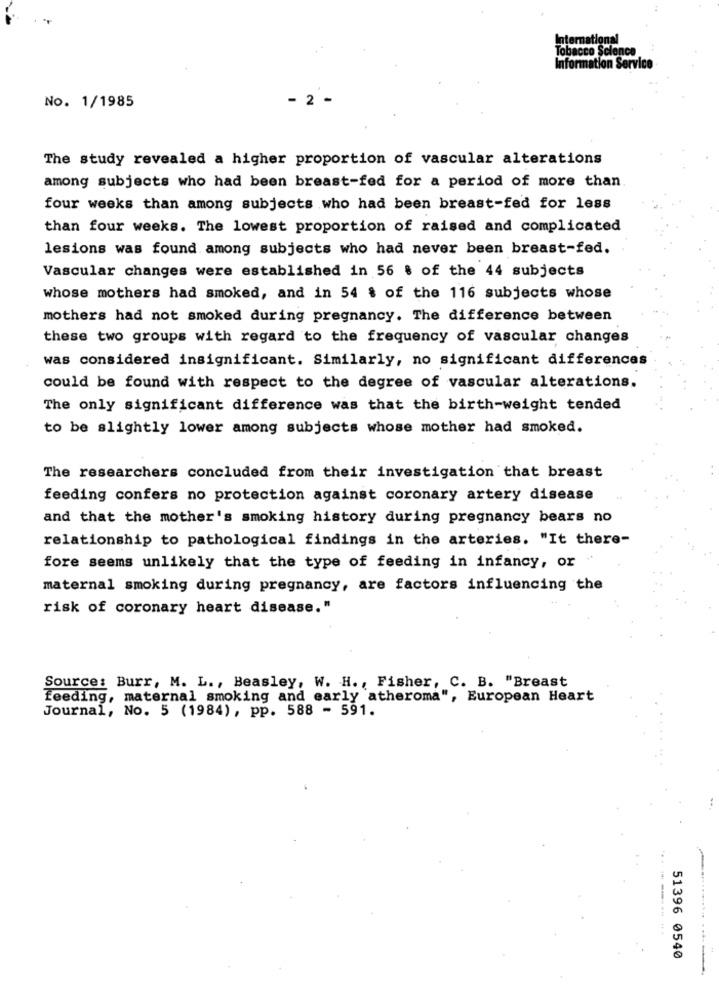
International
Tobacco Science
Information Service
No. 1/1985
2
The study revealed a higher proportion of vascular alterations
among subjects who had been breast-fed for a period of more than
four weeks than among subjects who had been breast-fed for less
than four weeks. The lowest proportion of raised and complicated
lesions was found among subjects who had never been breast-fed.
Vascular changes were established in 56 $ of the 44 subjects
whose mothers had smoked, and in 54 & of the 116 subjects whose
mothers had not smoked during pregnancy. The difference between
these two groups with regard to the frequency of vascular changes
was considered insignificant. Similarly, no significant differences
could be found with respect to the degree of vascular alterations.
The only significant difference was that the birth-weight tended
to be slightly lower among subjects whose mother had smoked.
The researchers concluded from their investigation that breast
feeding confers no protection against coronary artery disease
and that the mother's smoking history during pregnancy bears no
relationship to pathological findings in the arteries. "It there-
fore seems unlikely that the type of feeding in infancy, or
maternal smoking during pregnancy, are factors influencing the
risk of coronary heart disease."
Source: Burr, M. L ., Beasley, W. H ., Fisher, C. B. "Breast
Feeding, maternal smoking and early atheroma", European Heart
Journal, No. 5 (1984), pp. 588 - 591.
----.. ...
51396 0540